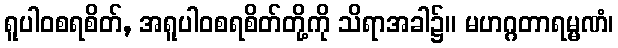
ရူပါဝစရစိတ်, အရူပါဝစရစိတ်တို့ကို သိရာအခါ၌။ မဟဂ္ဂတာရမ္မဏံ၊